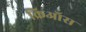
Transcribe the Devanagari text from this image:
क्रिऑस